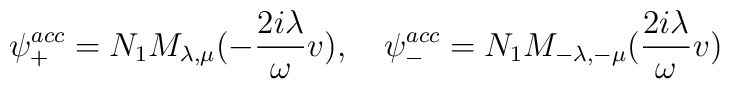
\psi _{+}^{acc}=N_{1}M_{\lambda ,\mu }(-\frac{2i\lambda }{\omega }v),\quad\psi _{-}^{acc}=N_{1}M_{-\lambda ,-\mu }(\frac{2i\lambda }{\omega }v)